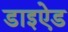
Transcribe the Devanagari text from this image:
डाइऐड